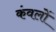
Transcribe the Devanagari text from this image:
कंवलों